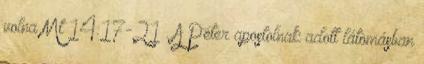
volna Mt 14:17-21 . A Péter apostolnak adott látomásban